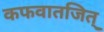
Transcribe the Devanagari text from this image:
कफवातजित्